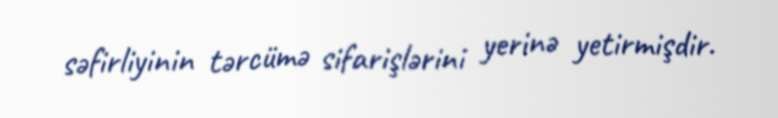
səfirliyinin tərcümə sifarişlərini yerinə yetirmişdir.